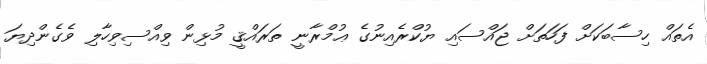
އެތައް ހިސާބަކަށް ފަހަތަށް ޖައްސައި ޔުކްރެއިނުގެ ޢުމްރާނީ ތަރައްޤީ މުޅިން ވިއްސިވިހާލި ވެގެންދިޔަ